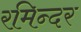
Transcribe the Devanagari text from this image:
रमिन्दर